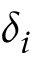
\delta _ { i }